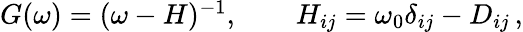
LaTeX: \begin{array}{r}{G(\omega)=(\omega-H)^{-1},\qquad H_{ij}=\omega_{0}\delta_{ij}-D_{ij}\, ,}\end{array}